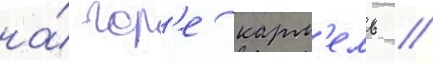
на́ гор'е карм'ель /